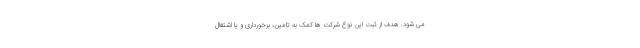
می شود. هدف از ثبت این نوع شرکت ها کمک به تامین، برخورداری و یا اشتغال